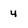
Character: 4